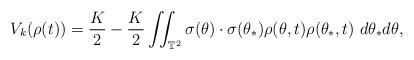
LaTeX: \begin{align*}V_k(\rho(t))=\frac{K}{2}-\frac{K}{2} \iint_{\mathbb T^2} \sigma(\theta)\cdot\sigma(\theta_{*})\rho(\theta,t)\rho(\theta_{*},t) ~ d\theta_* d\theta,\end{align*}